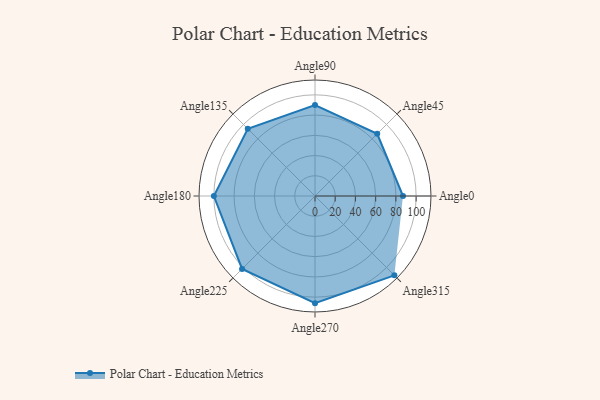
{"axis": {"x": "Angle", "y": "Radius"}, "legend": [""], "data": [{"x": "Angle0", "y": 87.0, "type": ""}, {"x": "Angle45", "y": 87.0, "type": ""}, {"x": "Angle90", "y": 90.0, "type": ""}, {"x": "Angle135", "y": 94.0, "type": ""}, {"x": "Angle180", "y": 100.0, "type": ""}, {"x": "Angle225", "y": 102.0, "type": ""}, {"x": "Angle270", "y": 106.0, "type": ""}, {"x": "Angle315", "y": 111.0, "type": ""}]}